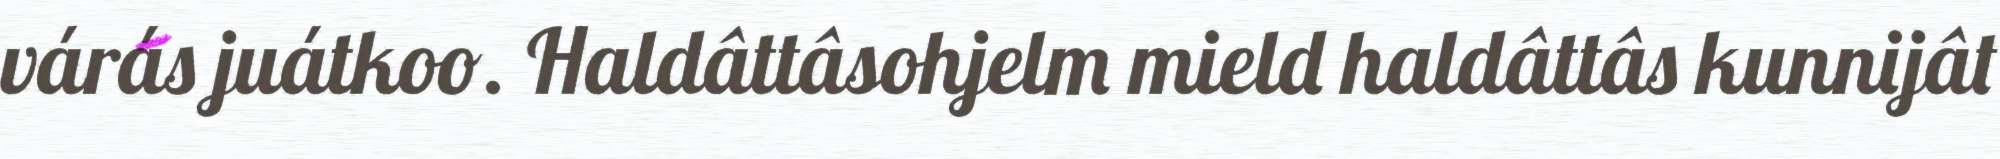
várás juátkoo. Haldâttâsohjelm mield haldâttâs kunnijât